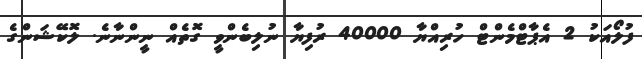
ފުލޯއަކު 2 އެޕާޓްމެންޓް ހުރިއްޔާ 40000 ރުފިޔާ ނުލިބެންވީ ގޮތެއް ނީންނާނެ. ލޮކޭޝަންގެ